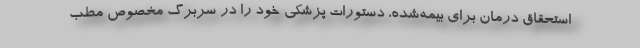
استحقاق درمان برای بیمه‌شده، دستورات پزشکی خود را در سربرگ مخصوص مطب